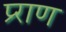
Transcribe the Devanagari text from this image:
प्र्राण